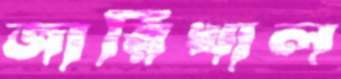
জারিখাল